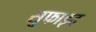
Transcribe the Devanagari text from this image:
सुफाइद